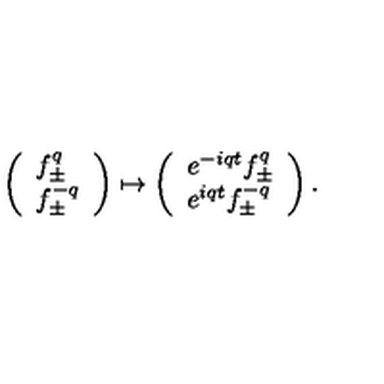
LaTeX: \left( \begin{array} { l } { f _ { \pm } ^ { q } } \\ { f _ { \pm } ^ { - q } } \\ \end{array} \right) \mapsto \left( \begin{array} { l } { e ^ { - i q t } f _ { \pm } ^ { q } } \\ { e ^ { i q t } f _ { \pm } ^ { - q } } \\ \end{array} \right) .